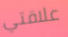
علاقتي